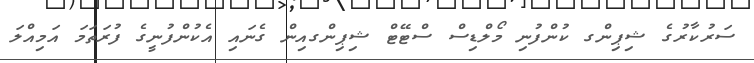
ސަރުކާރުގެ ޝިޕިންގ ކުންފުނި މޯލްޑިސް ސްޓޭޓް ޝިޕިންގއިން ގެނައި އެކުންފުނީގެ ފުރަތަމަ އަމިއްލަ